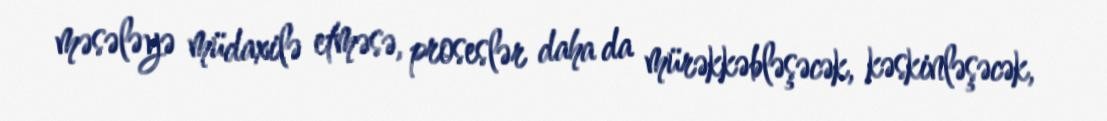
məsələyə müdaxilə etməsə, proseslər daha da mürəkkəbləşəcək, kəskinləşəcək,